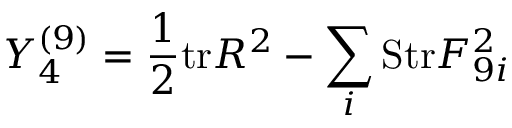
Y _ { 4 } ^ { ( 9 ) } = { \frac { 1 } { 2 } } \mathrm { t r } R ^ { 2 } - \sum _ { i } \mathrm { S t r } F _ { 9 i } ^ { 2 }